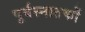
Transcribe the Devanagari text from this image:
पूर्वस्नातकों